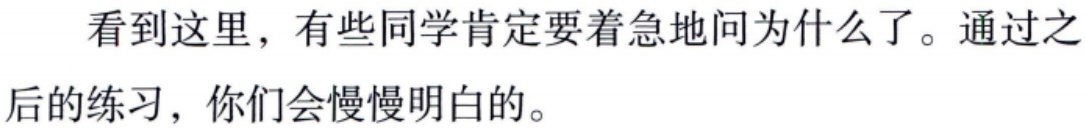
看到这里，有些同学肯定要着急地问为什么了。通过之后的练习，你们会慢慢明白的。